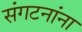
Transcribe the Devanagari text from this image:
संगटनांना